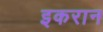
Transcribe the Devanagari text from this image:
इकरान